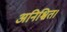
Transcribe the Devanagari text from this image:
अनिश्चित।